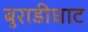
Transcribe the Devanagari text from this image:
बुराडीघाट